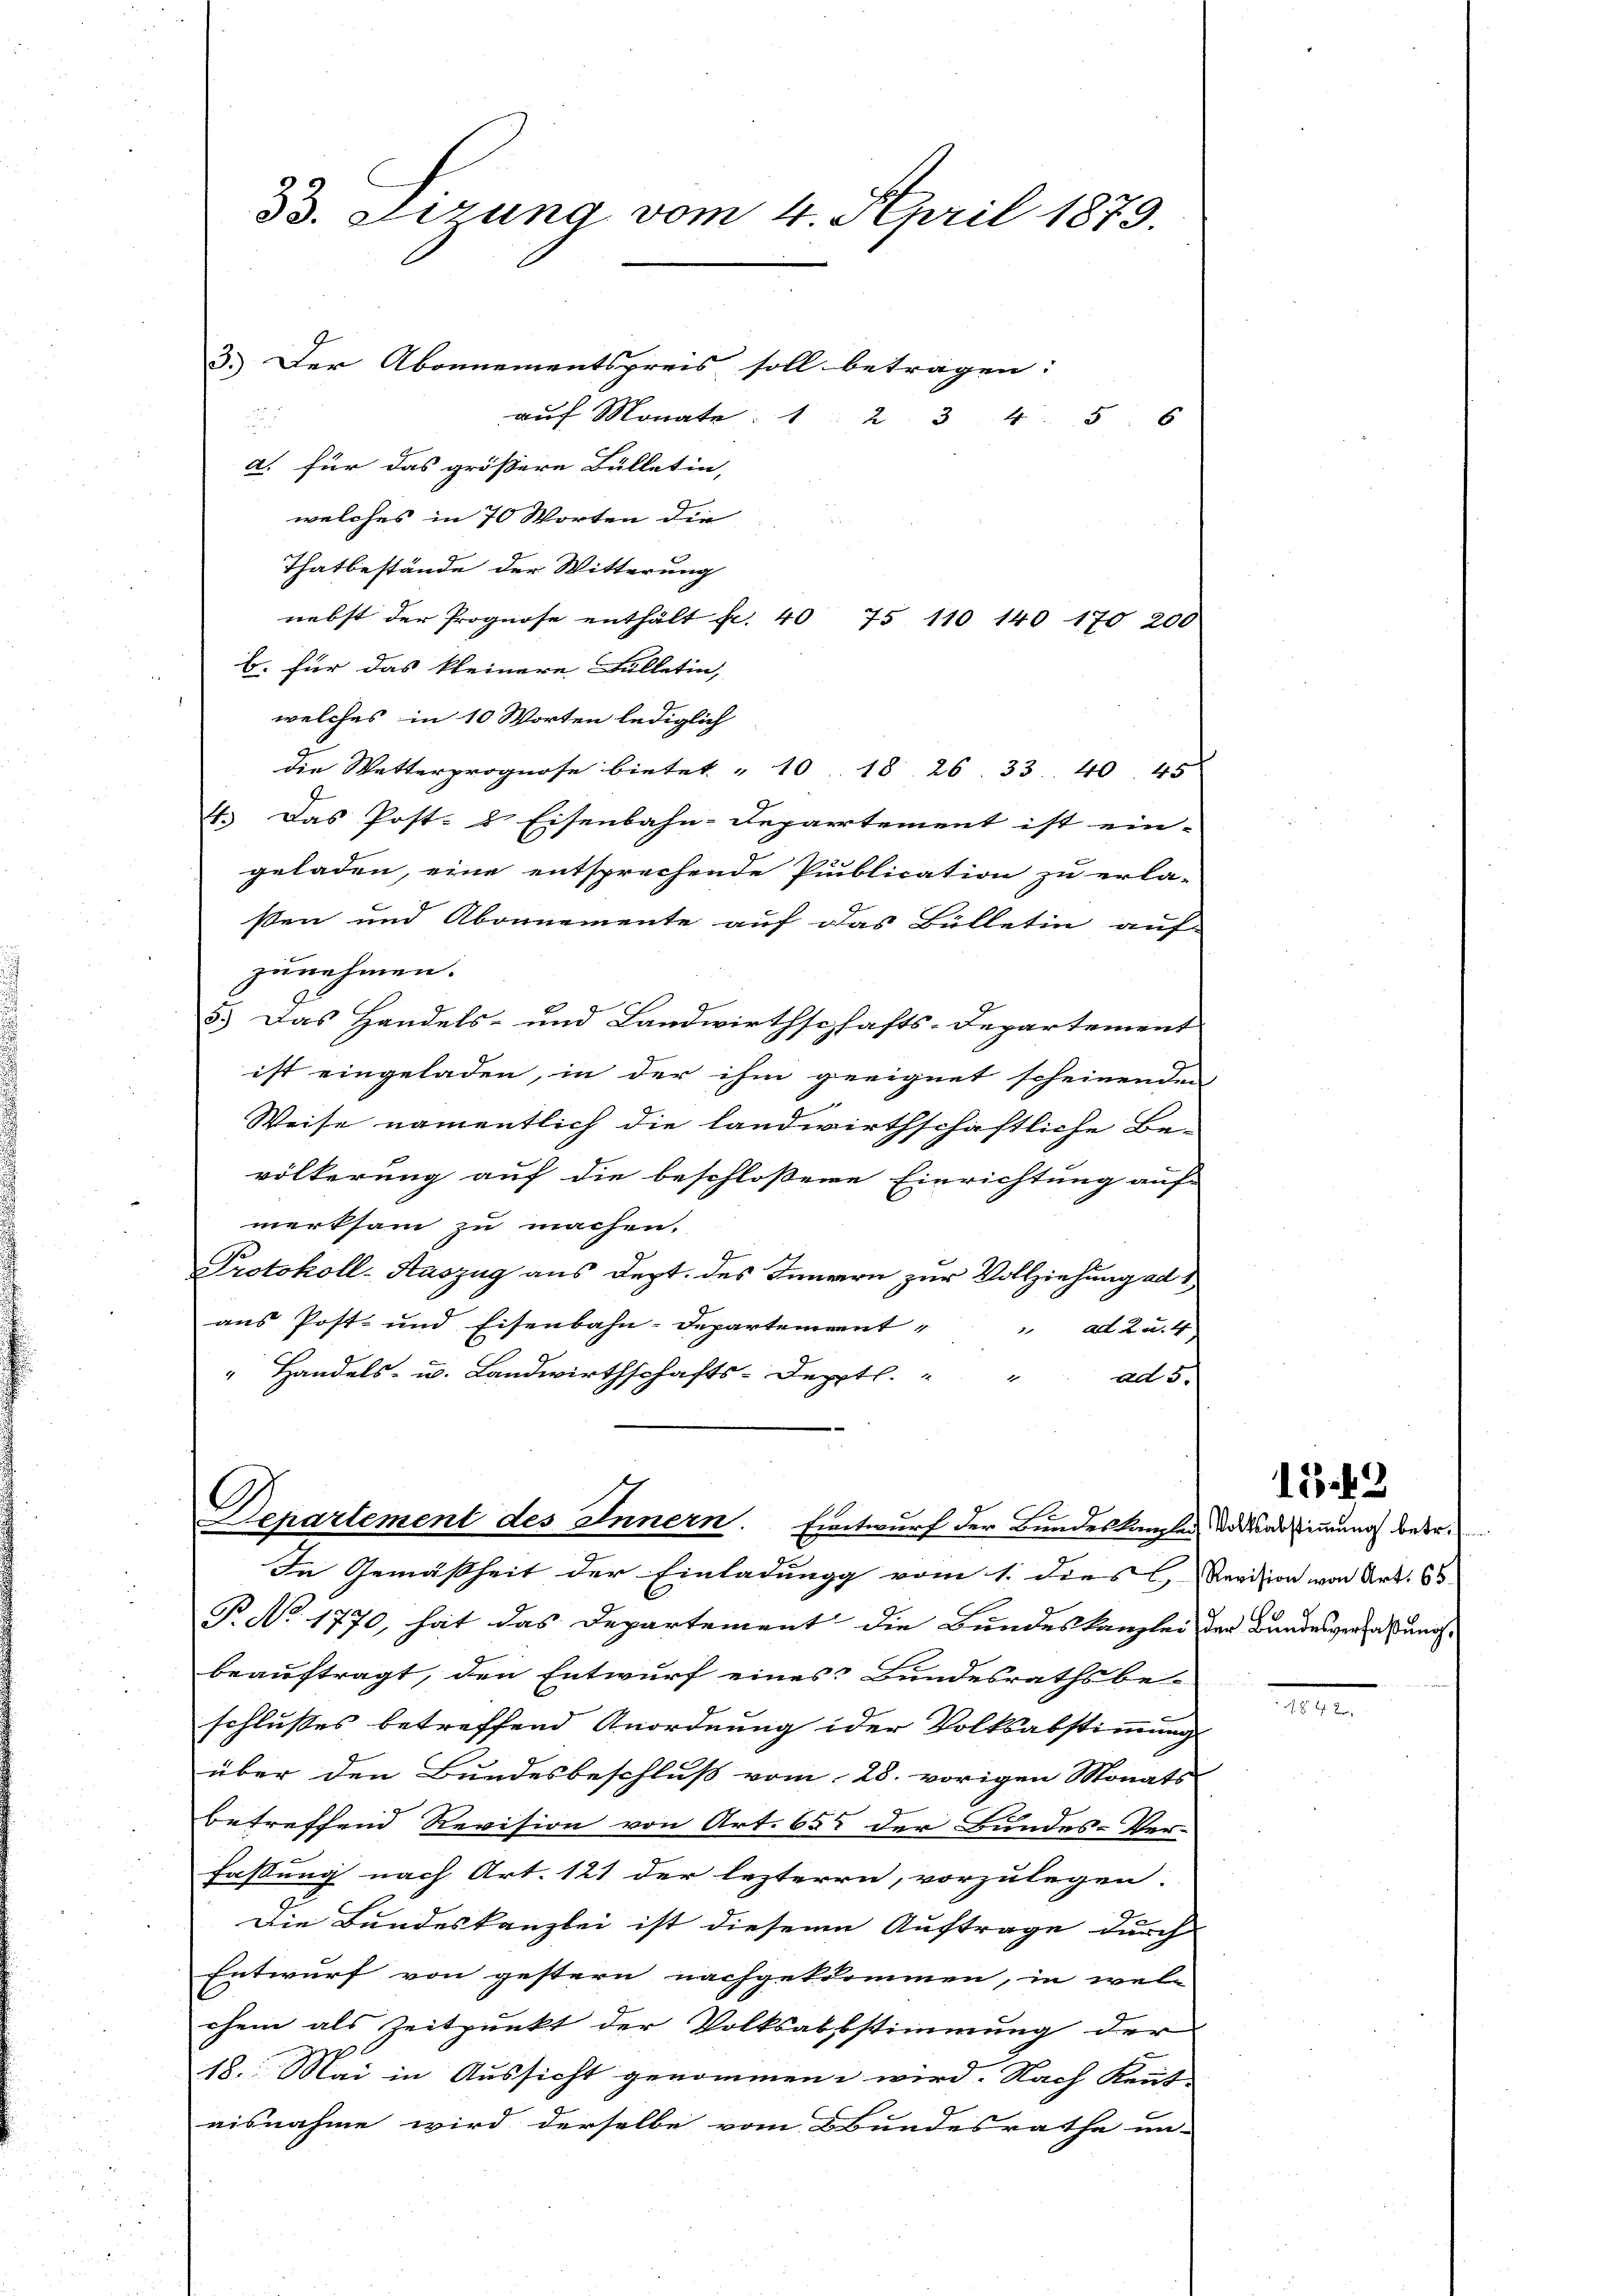
33. Lerung vom 4. April 1879.

3.) Der Abonnementspreis soll betragen:
auf Monat 1 234. 5. 6
a
a. für das größere Bülletin,
welches in 70 Worten die
Thatbestände der Witterung
nebst der Prognose enthält f. 40 75 110 140 170 200
B. für das kleinere Fülletin,
welches in 10 Worten lediglich
die Wetterprognose bietet „10. 18. 26. 33. 40. 45
4.) Das Post- & Eisenbahn-Departement ist ein-
geladen, eine entsprechende Publication zu erla-
sen und Abonnemente auf das Bülletin auf-
zunehmen. |
3.) Das Handels- und Landwirthschafts-Departement
ist eingeladen, in der ihm geeignet scheinenden
Weise namentlich die landwirthschaftliche Be-
völkerung auf die beschloßene Einrichtung auf
merksam zu machen.
Protokoll-Auszug aus Dept. des Innern zur Vollziehung ad
aus Post- und Eisenbahn-Departement
 ad 2. u. 4
" Handels- u. Landwirthschafts-Depptl."
ad 5.

Repartement des Innern. Entwurf der Bundeskanzler, da das stimmung betre

In Gemäßheit der Einladung vom 1. dies C. Revision von Art. 63
P. No 1770, hat das Departement die Bundeskanzlei der Bundesverfaßungsbeauftragt, den Entwurf eines Bundesrathsbe-
schlußes betreffend Anordnung der Volksabstimmung
über den Bundesbeschluß vom 28. vorigen Monats
betreffend Revision von Art. 65 der Bundes-Ver-
Fassung nach Art. 121 der lezteren, vorzulegen.
Die Bundeskanzlei ist diesem Auftrage durch
Entwurf von gestern nachgetkommen, in welc
chem als Zeitpunkt der Volksabstimmung der
18. Mai in Aussicht genommen wird. Nach Kennt
aisnahme wird derselbe vom Bundesrathe un-

15.42

M